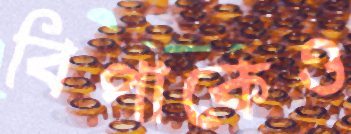
বিপাকেও